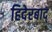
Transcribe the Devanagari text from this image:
हिदेरबाद्